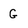
Character: G